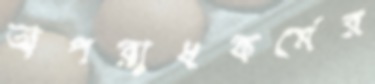
অপরাধকর্মের